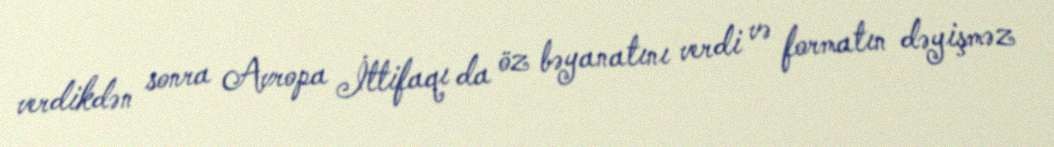
verdikdən sonra Avropa İttifaqı da öz bəyanatını verdi və formatın dəyişməz